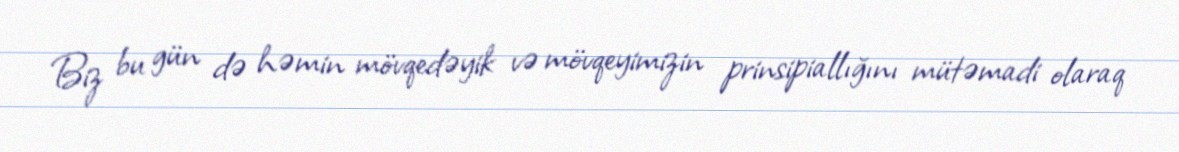
Biz bu gün də həmin mövqedəyik və mövqeyimizin prinsipiallığını mütəmadi olaraq